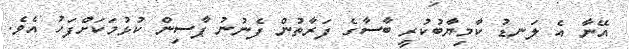
އޭނާ އެ ލަނޑު ކާމިޔާބުކުރީ ބާސާގެ ފަރާތުން ފެނުނު ޕާސިން ކުޅުމަކަށްފަހު އެވެ.